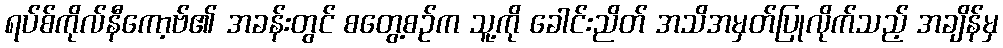
ရပ်စ်ကိုလ်နီကော့ဗ်၏ အခန်းတွင် စတွေ့စဉ်က သူ့ကို ခေါင်းညိတ် အသိအမှတ်ပြုလိုက်သည့် အချိန်မှ